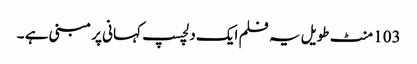
103 منٹ طویل یہ فلم ایک دلچسپ کہانی پر مبنی ہے ۔